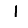
Digit: 1